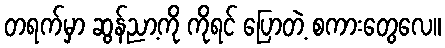
တရက်မှာ ဆွန်ညာ့ကို ကိုရင် ပြောတဲ့ စကားတွေလေ။